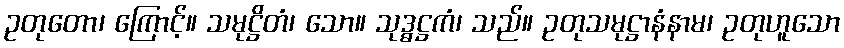
ဥတုတော၊ ကြောင့်။ သမုဋ္ဌိတံ၊ သော။ သုဒ္ဓဋ္ဌကံ၊ သည်။ ဥတုသမုဋ္ဌာနံနာမ၊ ဥတုဟူသော